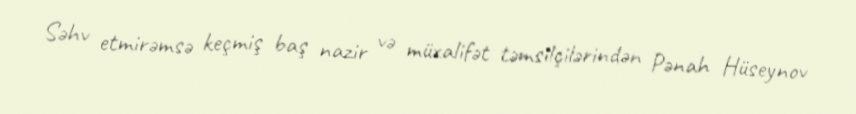
Səhv etmirəmsə keçmiş baş nazir və müxalifət təmsilçilərindən Pənah Hüseynov